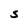
Character: S